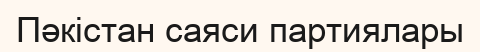
Пәкістан саяси партиялары